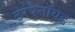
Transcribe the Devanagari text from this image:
टरपेनॉयड